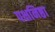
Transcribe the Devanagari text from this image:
पक्षनिष्ठा